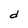
Character: d